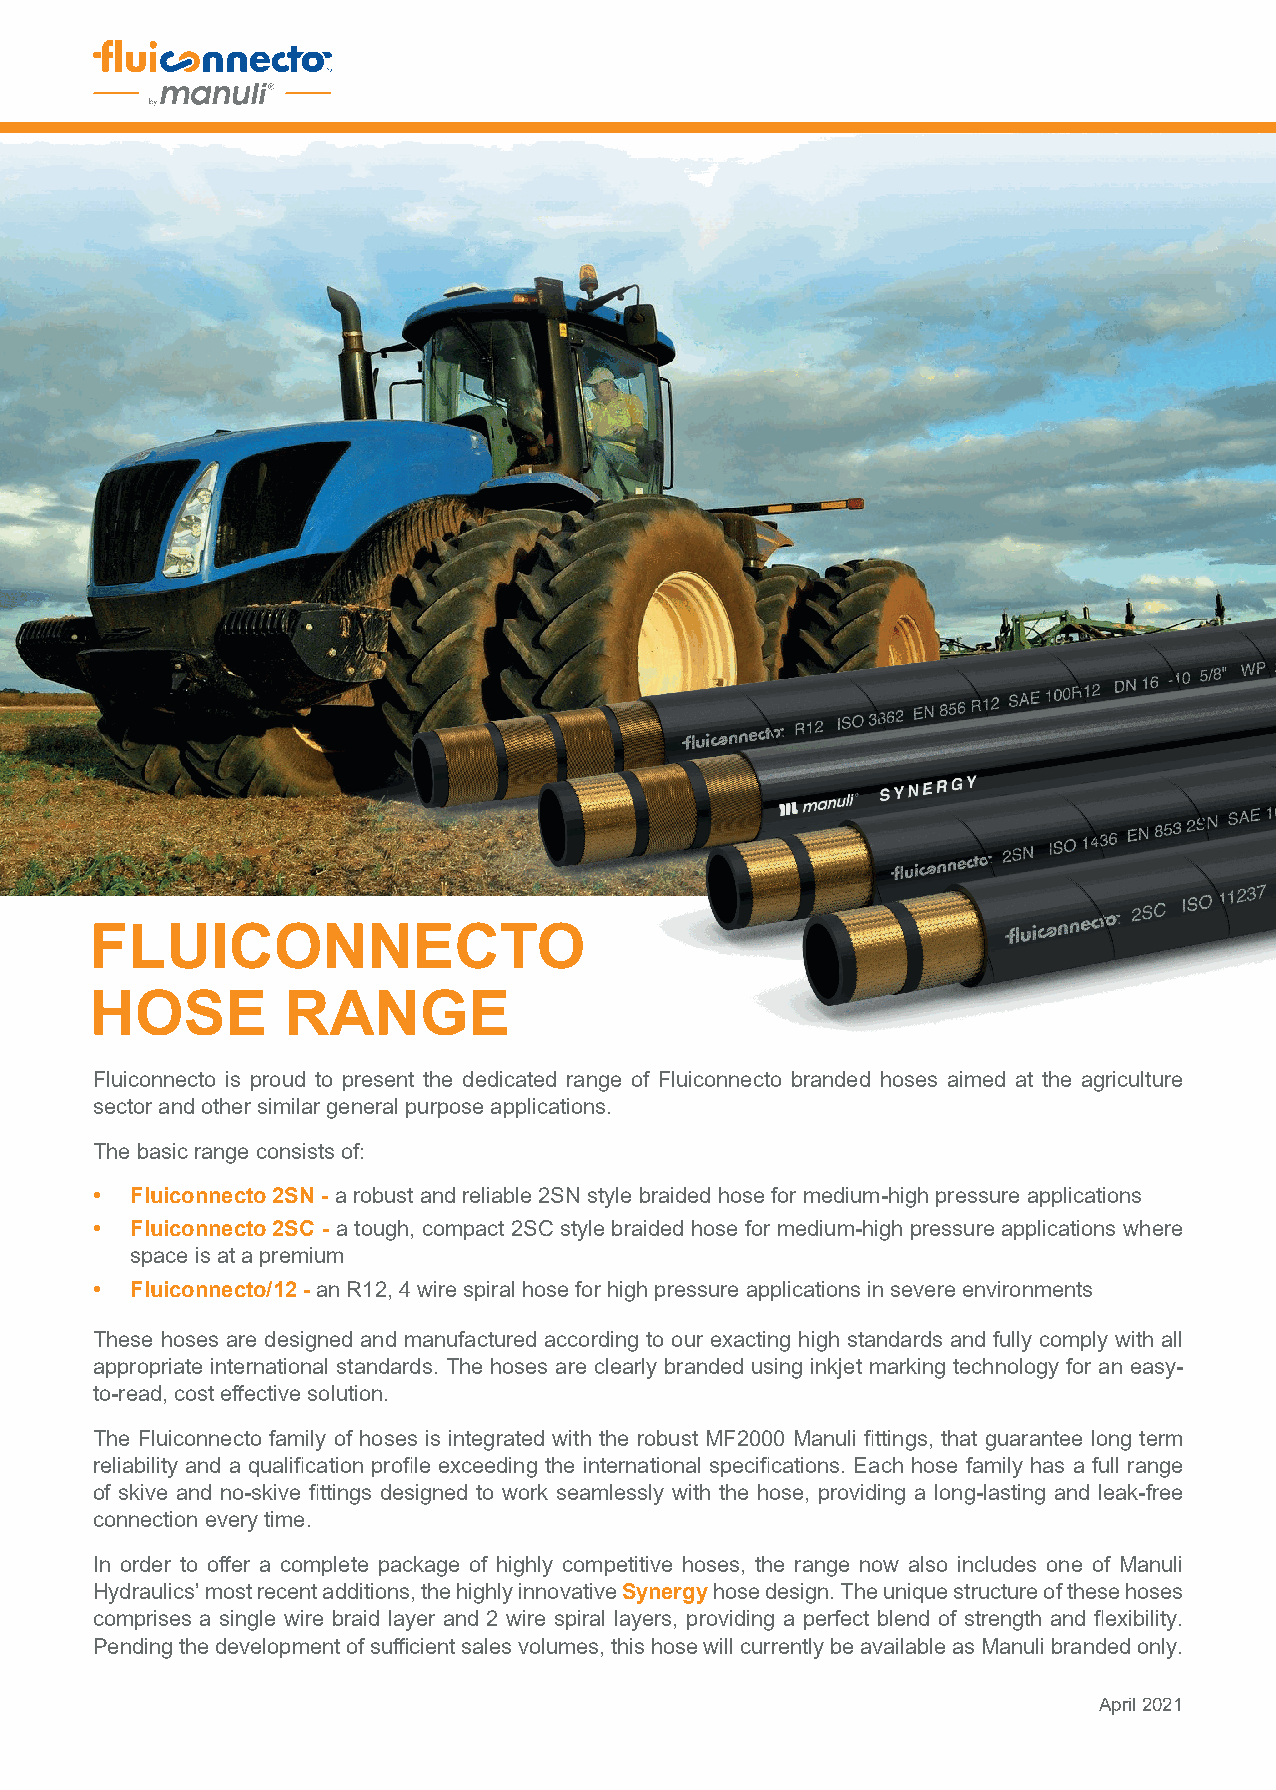
FLUICONNECTO
 HOSE         RANGE
 Fluiconnecto is proud to present the dedicated range of Fluiconnecto branded hoses aimed at the agriculture
 sector and other similar general purpose applications.
 The basic range consists of:
 •  Fluiconnecto 2SN - a robust and reliable 2SN style braided hose for medium-high pressure applications
 •  Fluiconnecto 2SC - a tough, compact 2SC style braided hose for medium-high pressure applications where
 space is at a premium
 •  Fluiconnecto/12 - an R12, 4 wire spiral hose for high pressure applications in severe environments
 These hoses are designed and manufactured according to our exacting high standards and fully comply with all
 appropriate international standards. The hoses are clearly branded using inkjet marking technology for an easy-
 to-read, cost effective solution.
 The Fluiconnecto family of hoses is integrated with the robust MF2000 Manuli fittings, that guarantee long term
 reliability and a qualification profile exceeding the international specifications. Each hose family has a full range
 of skive and no-skive fittings designed to work seamlessly with the hose, providing a long-lasting and leak-free
 connection every time.
 In order to offer a complete package of highly competitive hoses, the range now also includes one of Manuli
 Hydraulics’ most recent additions, the highly innovative Synergy hose design. The unique structure of these hoses
 comprises a single wire braid layer and 2 wire spiral layers, providing a perfect blend of strength and flexibility.
 Pending the development of sufficient sales volumes, this hose will currently be available as Manuli branded only.
 April 2021